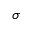
\sigma